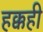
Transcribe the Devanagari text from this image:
हक्कही